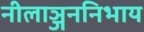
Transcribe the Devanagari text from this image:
नीलाञ्जननिभाय